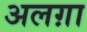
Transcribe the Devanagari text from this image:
अलग़ा